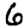
Digit: 6